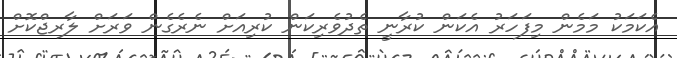
އެކަމަކު މަމެން މިފަހަރު އެކަން ކުރާނީ ތެދުވެރިކަން ކުރިއަށް ނެރެގެން ވަރަށް ލާރޖްކޮށް